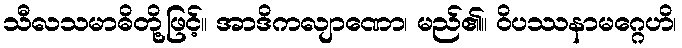
သီလသမာဓိတို့ဖြင့်။ အာဒိကလျာဏော၊ မည်၏။ ဝိပဿနာမဂ္ဂေဟိ၊